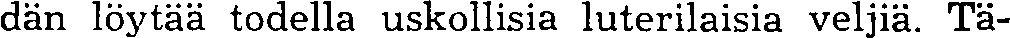
dän löytää todella uskollisia luterilaisia veljiä. Tä-